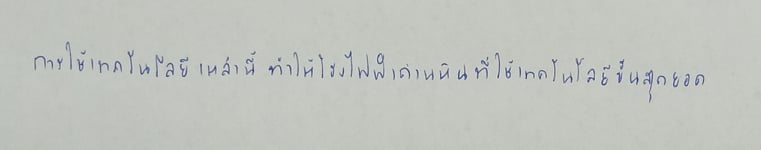
การใช้เทคโนโลยีเหล่านี้ทำให้โรงไฟฟ้าถ่านหินที่ใช้เทคโนโลยีขั้นสุดยอด